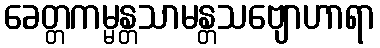
ခေတ္တကမ္မန္တသာမန္တသဗျောဟာရာ